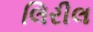
લિરીલ